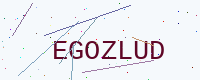
Text: EGOZLUD